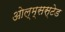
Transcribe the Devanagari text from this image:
ओल्म्सस्टेड